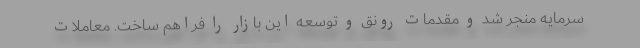
سرمایه منجر شد و مقدمات رونق و توسعه این بازار را فراهم ساخت. معاملات